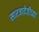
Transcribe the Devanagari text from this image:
सारजादेवीच्या